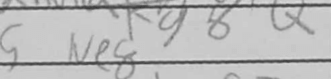
Transcription: Ne8